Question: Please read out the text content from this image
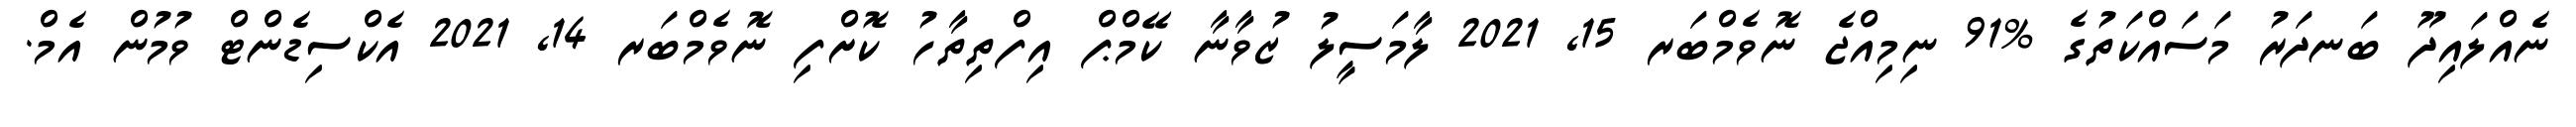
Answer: ނެއްލައިދޫ ބަނދަރު މަސައްކަތުގެ %91 ނިމިއްޖެ ނޮވެމްބަރ 15, 2021 ލާމަސީލު ޒުވާނާ ކޭމްޕް އިފްތިތާހު ކޮށްފި ނޮވެމްބަރ 14, 2021 އެކްސިޑެންޓް ވުމުން އެމް.